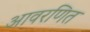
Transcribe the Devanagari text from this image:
आवरणित